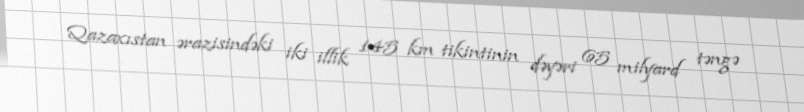
Qazaxıstan ərazisindəki iki illik 145 km tikintinin dəyəri 65 milyard təngə